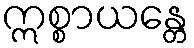
ဣစ္စာယန္တေ